Report of the Bombay Veterinary College
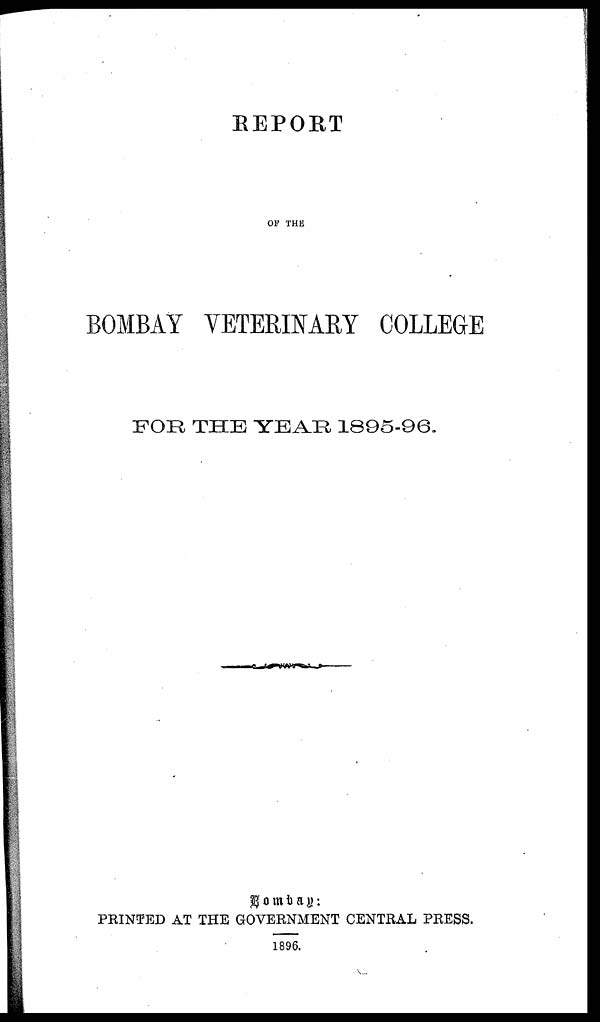
REPORT
OF THE
BOMBAY VETERINARY COLLEGE
FOR THE YEAR 1895-96.
Bombay:
PRINTED AT THE GOVERNMENT CENTRAL PRESS.
1896.